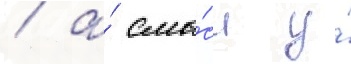
/ а́ смы́сл у́